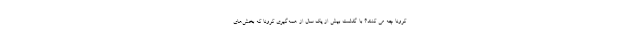
کرونا چه می کنند؟ با گذشت بیش از یک سال از همه‌گیری کرونا که بخش‌های